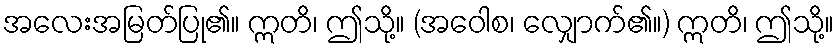
အလေးအမြတ်ပြု၏။ ဣတိ၊ ဤသို့။ (အဝေါစ၊ လျှောက်၏။) ဣတိ၊ ဤသို့။